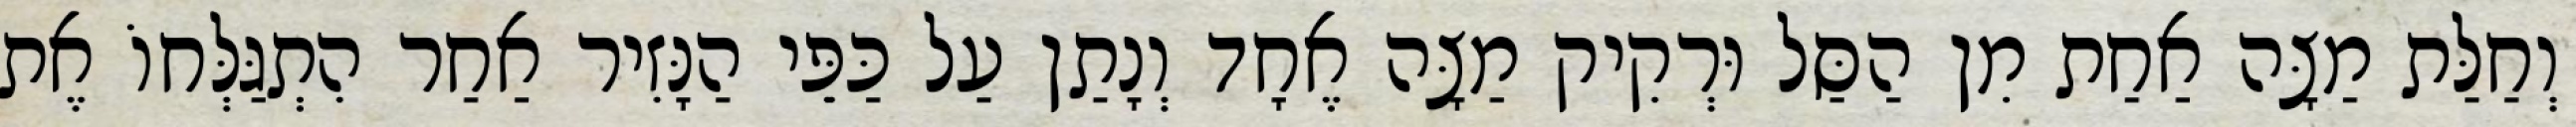
וְחַלַּת מַצָּה אַחַת מִן הַסַּל וּרְקִיק מַצָּה אֶחָד וְנָתַן עַל כַּפֵּי הַנָּזִיר אַחַר הִתְגַּלְּחוֹ אֶת